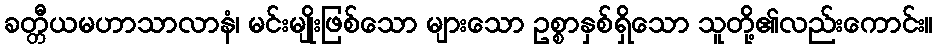
ခတ္တီယမဟာသာလာနံ၊ မင်းမျိုးဖြစ်သော များသော ဥစ္စာနှစ်ရှိသော သူတို့၏လည်းကောင်း။